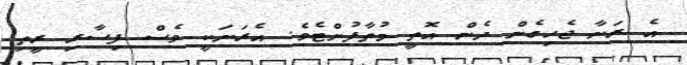
އެ ރަށާ ޖެހިގެން ދެން އޮތީ މުތާފުށްޓެވެ. އެރަށަކީ ވެސް ފިސާރި ރީތި